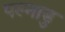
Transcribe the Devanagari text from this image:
पल्नाडु